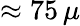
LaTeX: \approx 75\, \mu